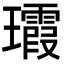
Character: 𤫑